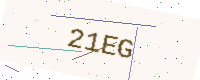
Text: 21EG